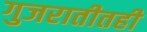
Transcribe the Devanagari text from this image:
गुजरातीतही